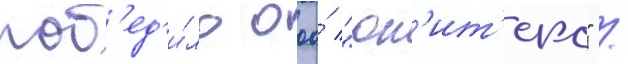
поб'ед'и́ло ооо́ "юн'ит'екс" /